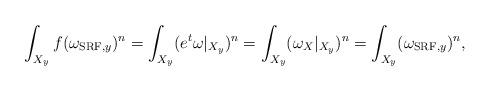
LaTeX: \begin{align*}\int_{X_y}f(\omega_{\textrm{SRF},y})^n=\int_{X_y} (e^t\omega|_{X_y})^n=\int_{X_y}(\omega_X|_{X_y})^n=\int_{X_y}(\omega_{\textrm{SRF},y})^n,\end{align*}